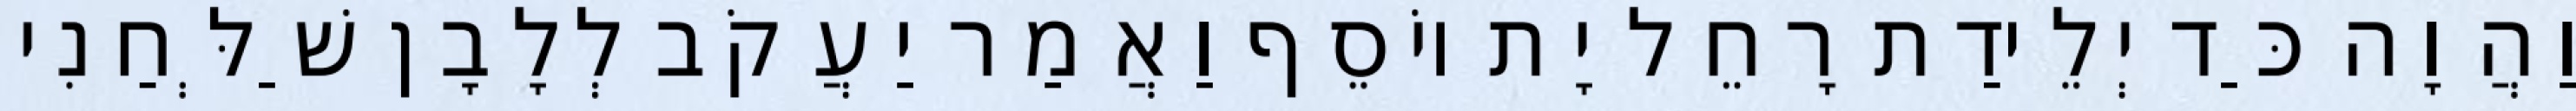
וַהֲוָה כַּד יְלֵידַת רָחֵל יָת יוֹסֵף וַאֲמַר יַעֲקֹב לְלָבָן שַׁלְּחַנִי